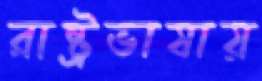
রাষ্ট্রভাষায়